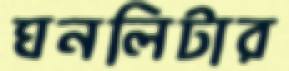
ঘনলিটার